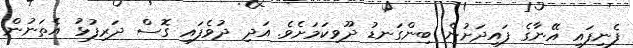
ފެނިފައި އޭނާގެ ފައިދަށުން ބިންގަނޑު ދޫވިކަމަށެވެ. އަދި ދުވެފައި ގޮސް ދަރިފުޅު އެތަނުން